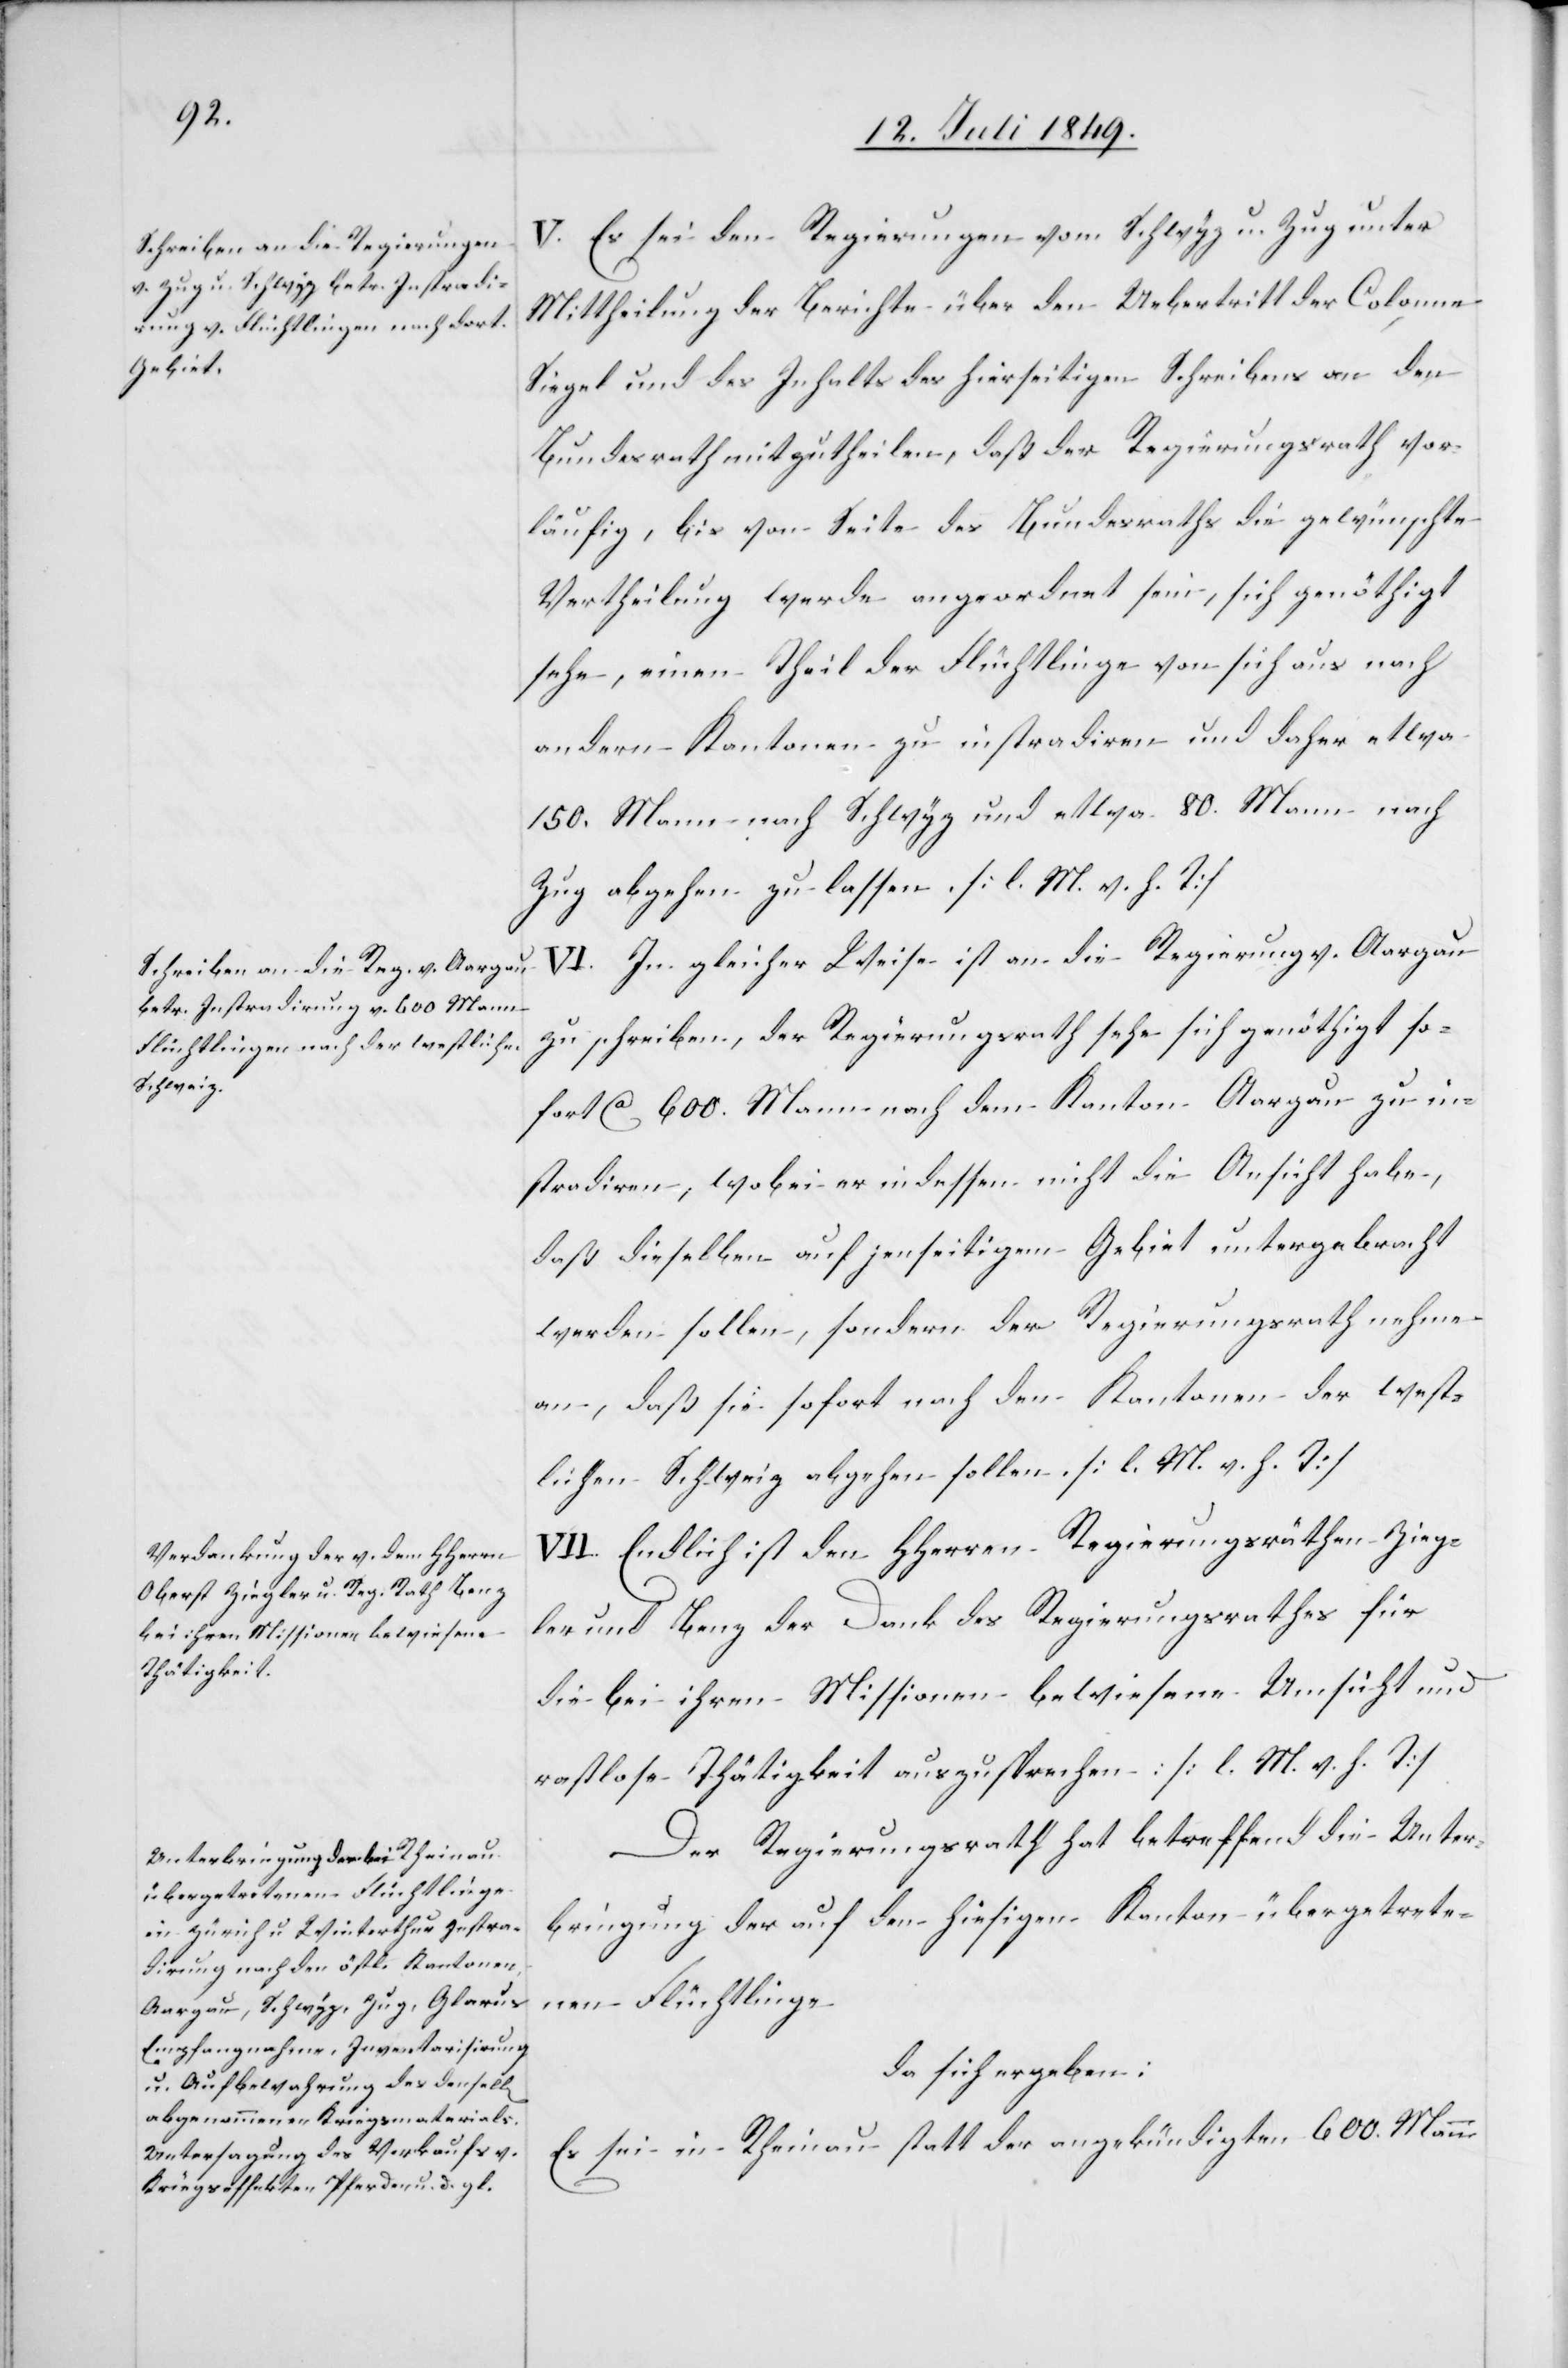
V. Es sei den Regierungen vom Schwyz u. Zug unter
Mittheilung der Berichte über den Uebertritt der Colonne
Siegel und des Inhalts des hierseitigen Schreibens an den
Bundesrath mitzutheilen, daß der Regierungsrath vor¬
läufig, bis von Seite des Bundesraths die gewünschte
Vertheilung werde angeordnet sein, sich genöthigt
sehe, einen Theil der Flüchtlinge von sich aus nach
andern Kantonen zu instradiren und daher etwa
150. Mann nach Schwyz und etwa 80. Mann nach
Zug abgehen zu lassen. [l. M. h. T]
VI. In gleicher Weise ist an die Regierung v. Aargau
zu schreiben, der Regierungsrath sehe sich genöthigt so¬
fort ca 600. Mann nach dem Kanton Aargau zu in¬
stradiren, wobei er indessen nicht die Ansicht habe,
daß dieselben auf jenseitigem Gebiet untergebracht
werden sollen, sondern der Regierungsrath nehme
an, daß sie sofort nach den Kantonen der west¬
lichen Schweiz abgehen sollen. [l. M. h. T]
VII. Endlich ist den HHerrn Regierungsräthen Zieg¬
ler und Benz der Dank des Regierungsrathes für
die bei ihren Missionen bewiesene Umsicht und
rastlose Thätigkeit auszusprechen: [l. M. h. T]
Der Regierungsrath hat betreffend die Unter¬
bringung der auf den hiesigen Kanton übergetrete¬
nen Flüchtlinge
da sich ergeben:
Es sei in Rheinau statt der angekündigten 600. Mann